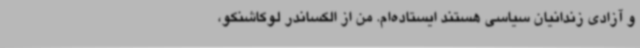
و آزادی زندانیان سیاسی هستند ایستاده‌ام. من از الکساندر لوکاشنکو،